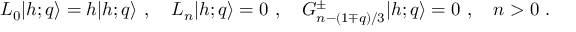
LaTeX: L _ { 0 } \vert { h ; q } \rangle = h \vert { h ; q } \rangle { } ~ , { } ~ { } ~ { } ~ L _ { n } \vert { h ; q } \rangle = 0 { } ~ , { } ~ { } ~ { } ~ G _ { n - ( 1 \mp q ) / 3 } ^ { \pm } \vert { h ; q } \rangle = 0 { } ~ , { } ~ { } ~ { } ~ n > 0 { } ~ .